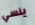
ينسي